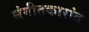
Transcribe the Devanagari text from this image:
संगीतकारांत